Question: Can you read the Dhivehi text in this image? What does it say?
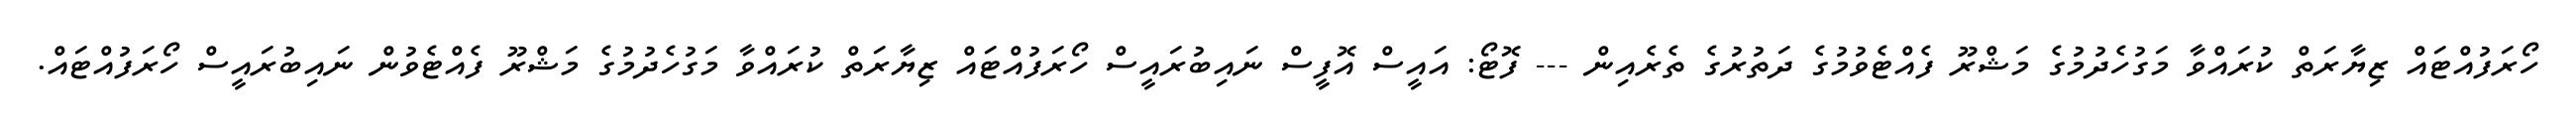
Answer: ހޯރަފުއްޓައް ޒިޔާރަތް ކުރައްވާ މަގުހެދުމުގެ މަޝްރޫ ފެއްޓެވުމުގެ ދަތުރުގެ ތެރެއިން --- ފޮޓޯ: އައީސް އޮފީސް ނައިބުރައީސް ހޯރަފުއްޓައް ޒިޔާރަތް ކުރައްވާ މަގުހެދުމުގެ މަޝްރޫ ފެއްޓެވުން ނައިބުރައީސް ހޯރަފުއްޓައް.